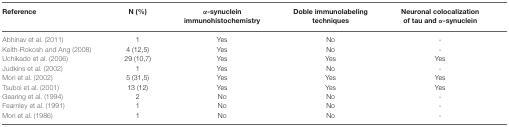
<table><thead><tr><td><b>Reference</b></td><td><b>N (%)</b></td><td><b>α-synuclein immunohistochemistry</b></td><td><b>Doble immunolabeling techniques</b></td><td><b>Neuronal colocalization of tau and α-synuclein</b></td></tr></thead><tbody><tr><td>Abhinav et al. (2011)</td><td>1</td><td>Yes</td><td>No</td><td>-</td></tr><tr><td>Keith-Rokosh and Ang (2008)</td><td>4 (12,5)</td><td>Yes</td><td>No</td><td>-</td></tr><tr><td>Uchikado et al. (2006)</td><td>29 (10,7)</td><td>Yes</td><td>Yes</td><td>Yes</td></tr><tr><td>Judkins et al. (2002)</td><td>1</td><td>Yes</td><td>No</td><td>-</td></tr><tr><td>Mori et al. (2002)</td><td>5 (31,5)</td><td>Yes</td><td>Yes</td><td>Yes</td></tr><tr><td>Tsuboi et al. (2001)</td><td>13 (12)</td><td>Yes</td><td>Yes</td><td>Yes</td></tr><tr><td>Gearing et al. (1994)</td><td>2</td><td>No</td><td>No</td><td>-</td></tr><tr><td>Fearnley et al. (1991)</td><td>1</td><td>No</td><td>No</td><td>-</td></tr><tr><td>Mori et al. (1986)</td><td>1</td><td>No</td><td>No</td><td>-</td></tr></tbody></table>